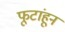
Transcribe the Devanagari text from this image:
फूटांहून